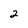
Character: 2